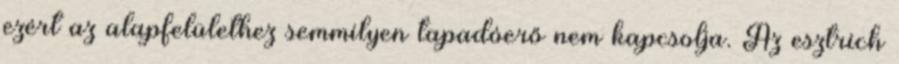
ezért az alapfelülethez semmilyen tapadóerő nem kapcsolja. Az esztrich